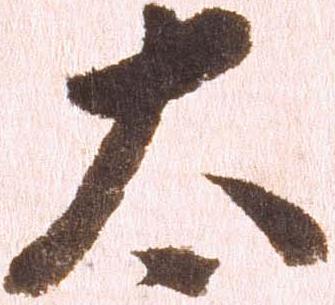
太